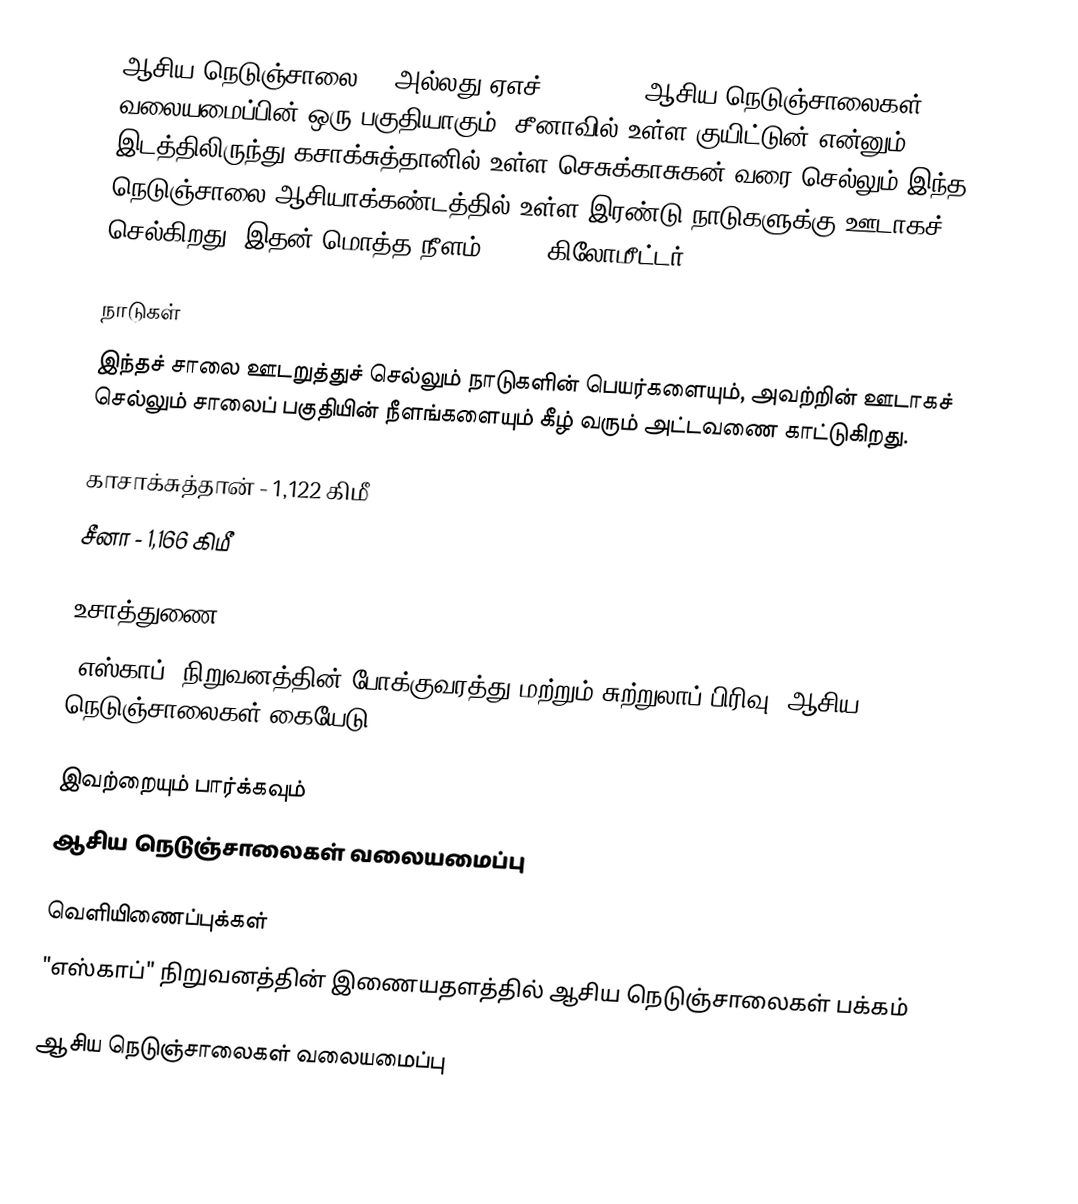
ஆசிய நெடுஞ்சாலை 67 அல்லது ஏஎச்67 (AH67), ஆசிய நெடுஞ்சாலைகள் வலையமைப்பின் ஒரு பகுதியாகும். சீனாவில் உள்ள குயிட்டுன் என்னும் இடத்திலிருந்து கசாக்சுத்தானில் உள்ள செசுக்காசுகன் வரை செல்லும் இந்த நெடுஞ்சாலை ஆசியாக்கண்டத்தில் உள்ள இரண்டு நாடுகளுக்கு ஊடாகச் செல்கிறது. இதன் மொத்த நீளம் 2,288 கிலோமீட்டர்.

நாடுகள்
இந்தச் சாலை ஊடறுத்துச் செல்லும் நாடுகளின் பெயர்களையும், அவற்றின் ஊடாகச் செல்லும் சாலைப் பகுதியின் நீளங்களையும் கீழ் வரும் அட்டவணை காட்டுகிறது.

 காசாக்சுத்தான் - 1,122 கிமீ
 சீனா - 1,166 கிமீ

உசாத்துணை
 "எஸ்காப்" நிறுவனத்தின் போக்குவரத்து மற்றும் சுற்றுலாப் பிரிவு, ஆசிய நெடுஞ்சாலைகள் கையேடு , 2003.

இவற்றையும் பார்க்கவும்
 ஆசிய நெடுஞ்சாலைகள் வலையமைப்பு

வெளியிணைப்புக்கள்
 "எஸ்காப்" நிறுவனத்தின் இணையதளத்தில் ஆசிய நெடுஞ்சாலைகள் பக்கம்

 ஆசிய நெடுஞ்சாலைகள் வலையமைப்பு